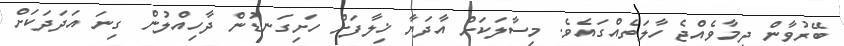
ބޭރުވާން ދިމާވެއްޖެ ހާލަތެއްގައެވެ. މިސާލަކަށް އާދަޔާ ޚިލާފަށް ހަށިގަނޑުން ދާހިއްލުން ގިނަ އަދަދަކަށް